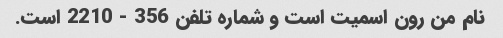
نام من رون اسمیت است و شماره تلفن 356 - 2210 است.